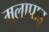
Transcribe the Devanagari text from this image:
मुलापाडू